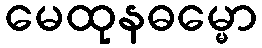
မေထုနဓမ္မော